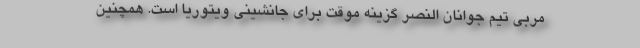
مربی تیم جوانان النصر گزینه موقت برای جانشینی ویتوریا است. همچنین